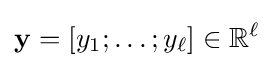
\mathbf {y} =[y_{1};\ldots ;y_{\ell }]\in \mathbb {R} ^{\ell }